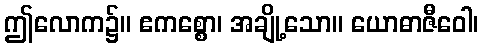
ဤလောက၌။ ဧကစ္စော၊ အချို့သော။ ယောဓာဇီဝေါ၊